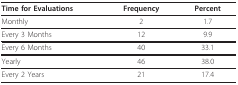
| Time for Evaluations | Frequency | Percent |
 | --- | --- | --- |
 | Monthly | 2 | 1.7 |
 | Every 3 Months | 12 | 9.9 |
 | Every 6 Months | 40 | 33.1 |
 | Yearly | 46 | 38.0 |
 | Every 2 Years | 21 | 17.4 |